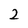
Character: 2